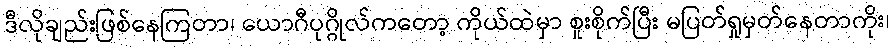
ဒီလိုချည်းဖြစ်နေကြတာ၊ ယောဂီပုဂ္ဂိုလ်ကတော့ ကိုယ်ထဲမှာ စူးစိုက်ပြီး မပြတ်ရှုမှတ်နေတာကိုး၊